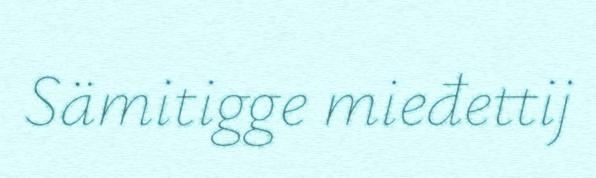
Sämitigge mieđettij